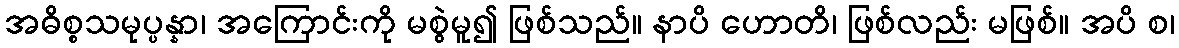
အဓိစ္စသမုပ္ပန္နာ၊ အကြောင်းကို မစွဲမူ၍ ဖြစ်သည်။ နာပိ ဟောတိ၊ ဖြစ်လည်း မဖြစ်။ အပိ စ၊